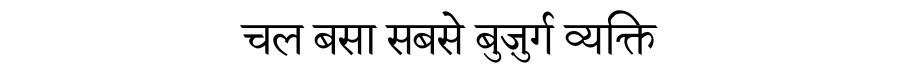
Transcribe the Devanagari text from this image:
चल बसा सबसे बुज़ुर्ग व्यक्ति